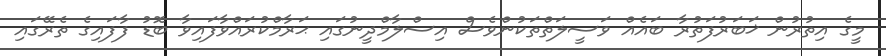
މީގެ އިތުރުން ޚަބަރުފަތުރާ ބައެއް ވަސީލަތްތަކުންވެސް އިސްލާމްދީނުގައި ޙަރާމްކުރައްވާފައިވާ ބޮޑު ފާފައިގެ ތެރޭގައި